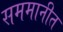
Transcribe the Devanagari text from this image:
सममानीत